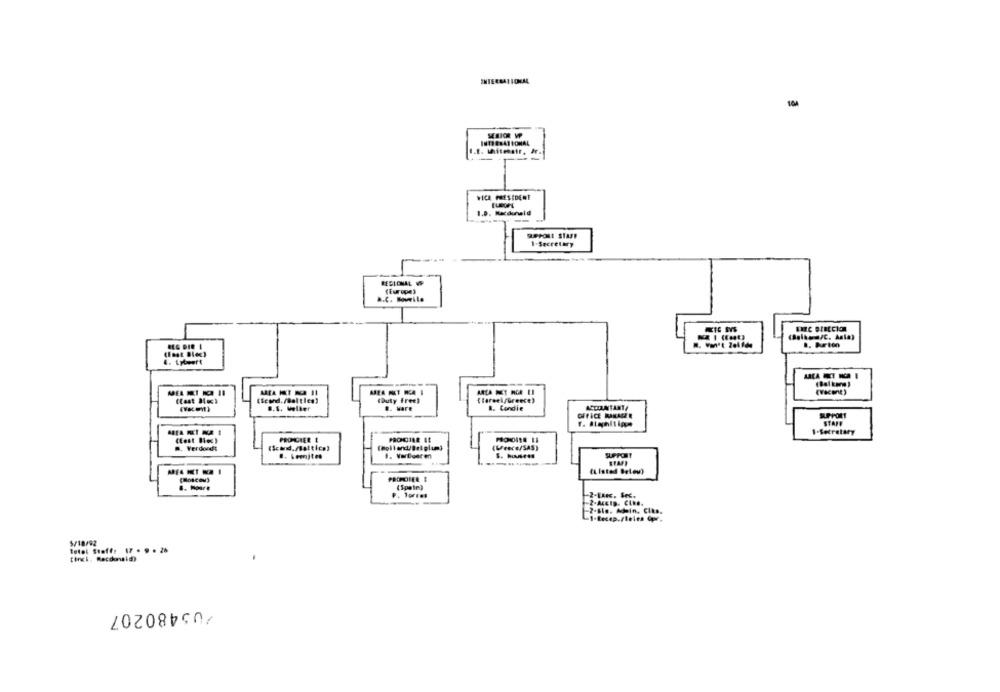
VICE PRESIDENT
1-Secretary
(Europe)
a.C. Soweito
(aalko /C. Asla)
1. hurtin
(Seud. /Bal tles)
touty frees
(larsek/Greece)
B.S. weller
#. ware
1. Condie
ACTILATARIA
OFFICE MANAGER
SUPPORT
STAFF
1-Secretary
PRONCIER E
PROROILE I!
.. Verdondt
(Uroce/SAS)
(Spain)
-2-Acctp. CLMS.
-2-Sie. Adein, CIks.
5/10/92
total Stoff: 17 . 9. 26
tinci. Recdomid)
205480207